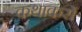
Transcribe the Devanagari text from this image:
कथाकरों